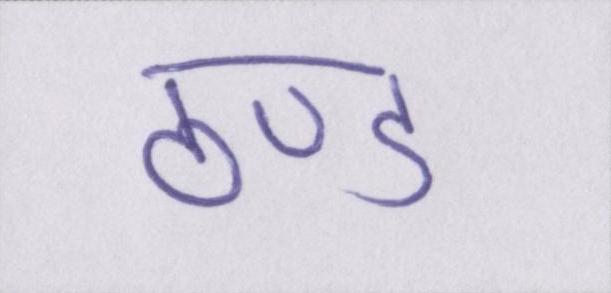
ठण्ड